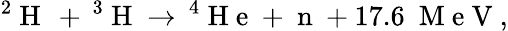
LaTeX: ^2\mathrm{~H~}\, +\, ^{3}\mathrm{~H~}\to\, ^{4}\mathrm{~H~e~}+\mathrm{~n~}+17.6~\mathrm{~M~e~V~},